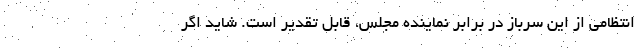
انتظامی از این سرباز در برابر نماینده مجلس، قابل تقدیر است. شاید اگر